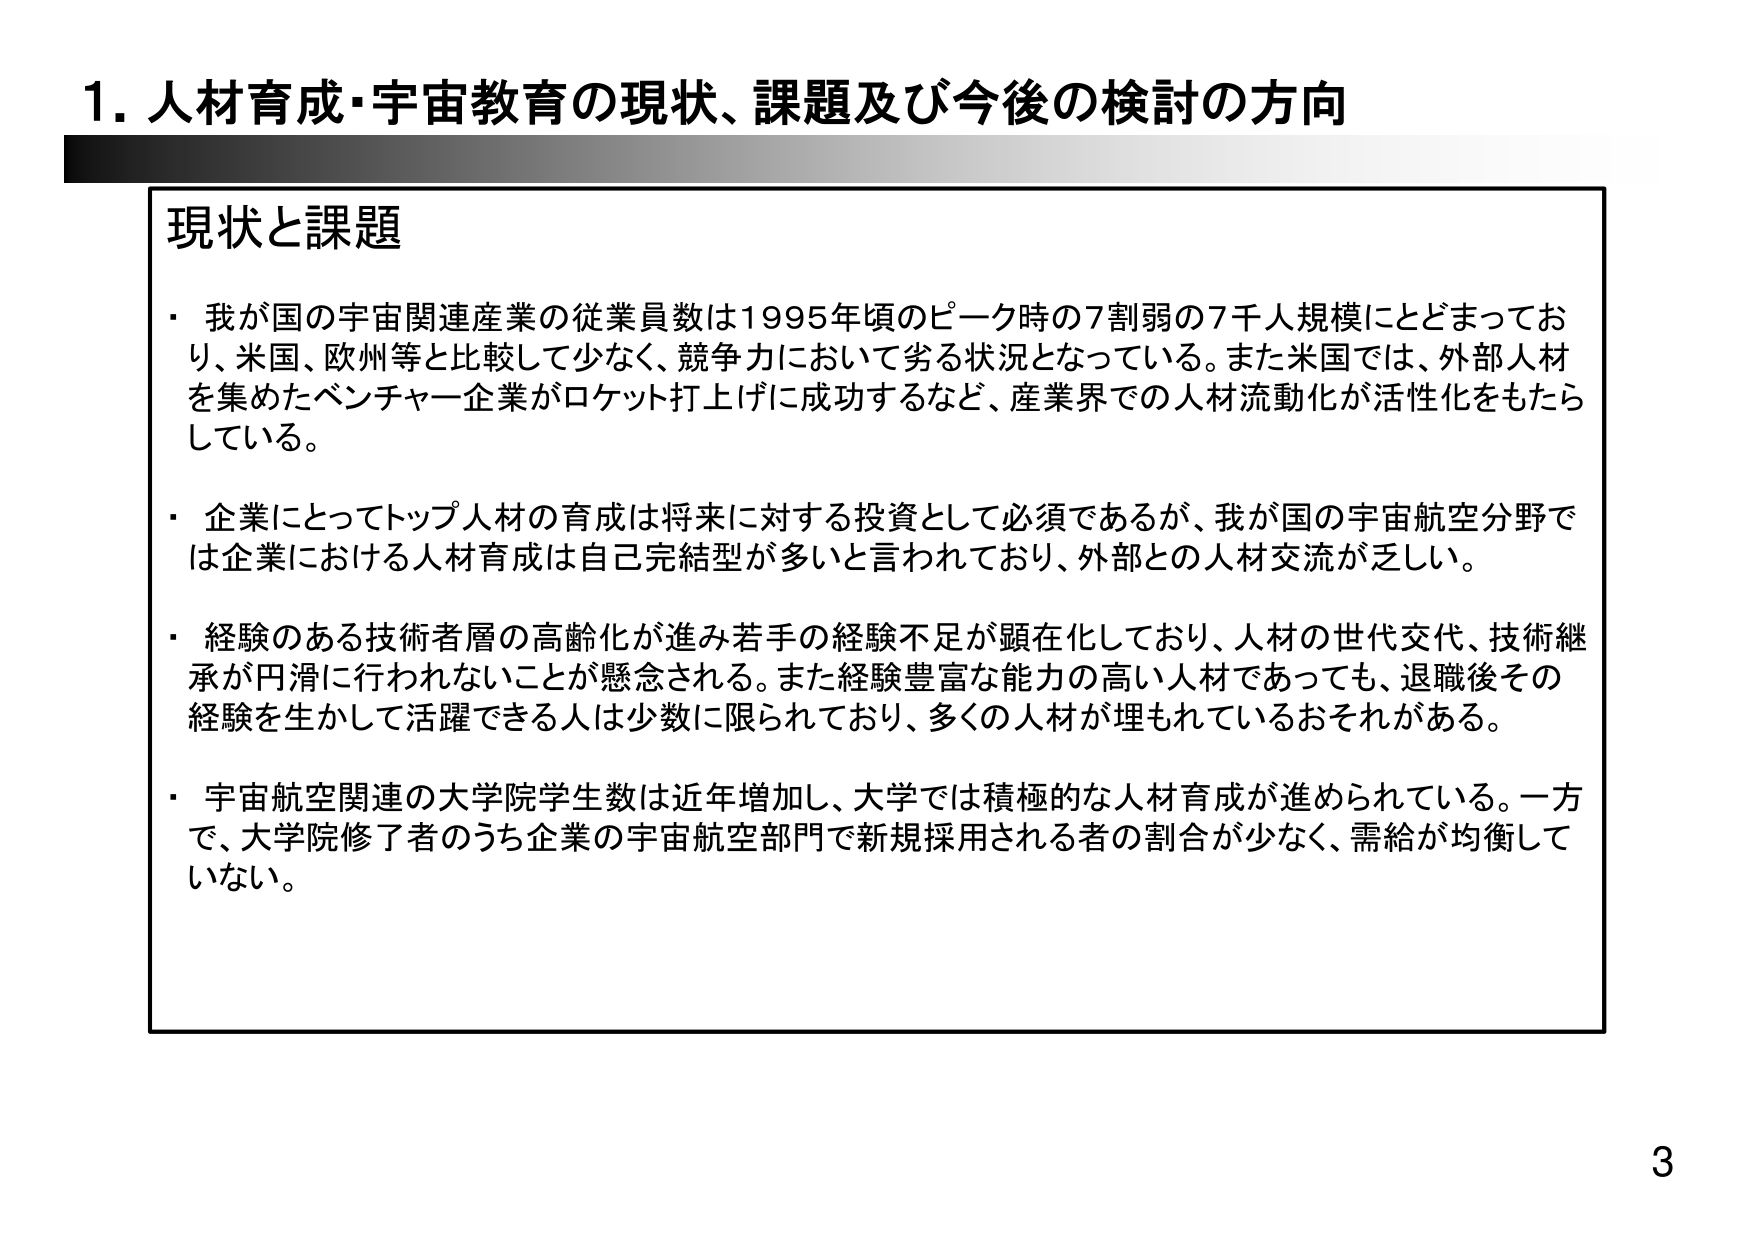
1. 人材育成・宇宙教育の現状、課題及び今後の検討の方向

現状と課題
・我が国の宇宙関連産業の従業員数は1995年頃のピーク時の7割弱の7千人規模にとどまっており、米国、欧州等と比較して少なく、競争力において劣る状況となっている。また米国では、外部人材を集めたベンチャー企業がロケット打上げに成功するなど、産業界での人材流動化が活性化をもたらしている。
・企業にとってトップ人材の育成は将来に対する投資として必須であるが、我が国の宇宙航空分野では企業における人材育成は自己完結型が多いと言われており、外部との人材交流が乏しい。
・経験のある技術者層の高齢化が進み若手の経験不足が顕在化しており、人材の世代交代、技術継承が円滑に行われないことが懸念される。また経験豊富な能力の高い人材であっても、退職後その経験を生かして活躍できる人は少数に限られており、多くの人材が埋もれているおそれがある。
・宇宙航空関連の大学院学生数は近年増加し、大学では積極的な人材育成が進められている。一方で、大学院修了者のうち企業の宇宙航空部門で新規採用される者の割合が少なく、需給が均衡していない。

3